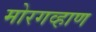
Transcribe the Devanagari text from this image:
मोरगव्हाण